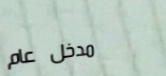
مدخل عام